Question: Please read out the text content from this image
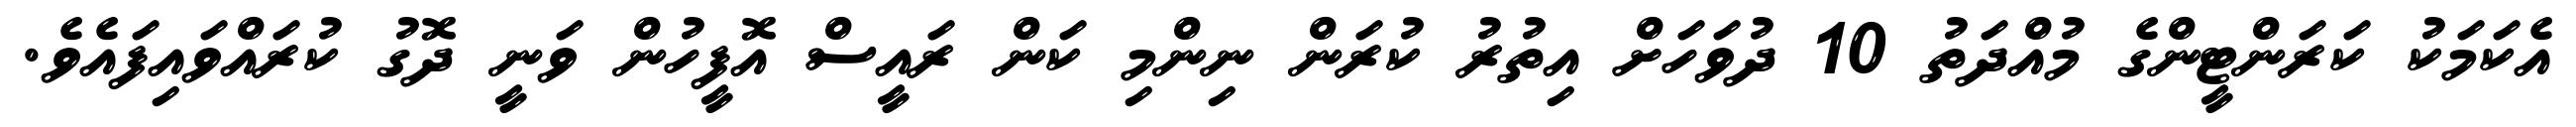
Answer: އެކަމަކު ކަރަންޓީންގެ މުއްދަތު 10 ދުވަހަށް އިތުރު ކުރަން ނިންމި ކަން ރައީސް އޮފީހުން ވަނީ ދޮގު ކުރައްވައިފައެވެ.